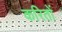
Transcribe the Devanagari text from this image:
करितों